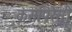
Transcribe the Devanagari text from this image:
कंसपिरेसी